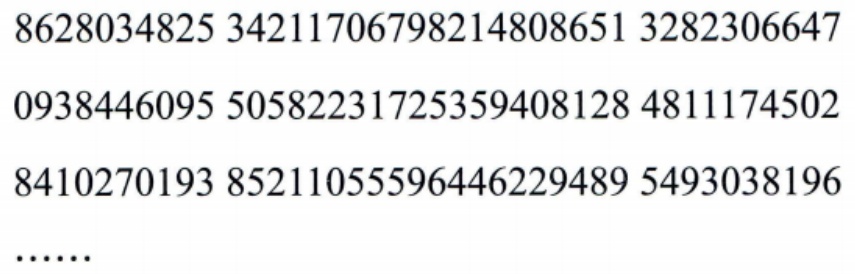
8628034825 34211706798214808651 3282306647\\

0938446095 50582231725359408128 4811174502\\

8410270193 85211055596446229489 5493038196\\

\(\cdots\cdots\)